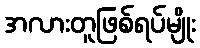
အလားတူဖြစ်ရပ်မျိုး